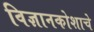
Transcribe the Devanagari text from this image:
विज्ञानकोशाचे